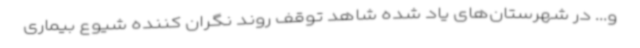
و... در شهرستان‌های یاد شده شاهد توقف روند نگران کننده شیوع بیماری